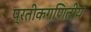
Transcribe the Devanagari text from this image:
प्रतीकगणितीय